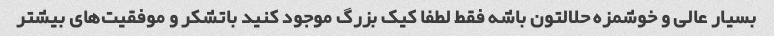
بسیار عالی و خوشمزه حلالتون باشه فقط لطفا کیک بزرگ موجود کنید باتشکر و موفقیت‌های بیشتر